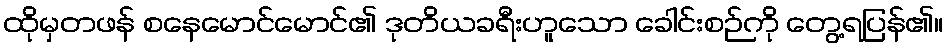
ထိုမှတဖန် စနေမောင်မောင်၏ ဒုတိယခရီးဟူသော ခေါင်းစဉ်ကို တွေ့ရပြန်၏။